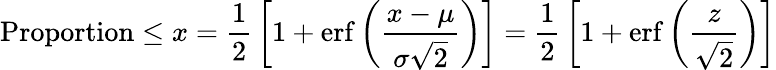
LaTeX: {\mathrm{Proportion}}\leq x={\frac{1}{2}}\left[1+\operatorname{erf}\left({\frac{x-\mu}{\sigma{\sqrt{2}}}}\right)\right]={\frac{1}{2}}\left[1+\operatorname{erf}\left({\frac{z}{\sqrt{2}}}\right)\right]